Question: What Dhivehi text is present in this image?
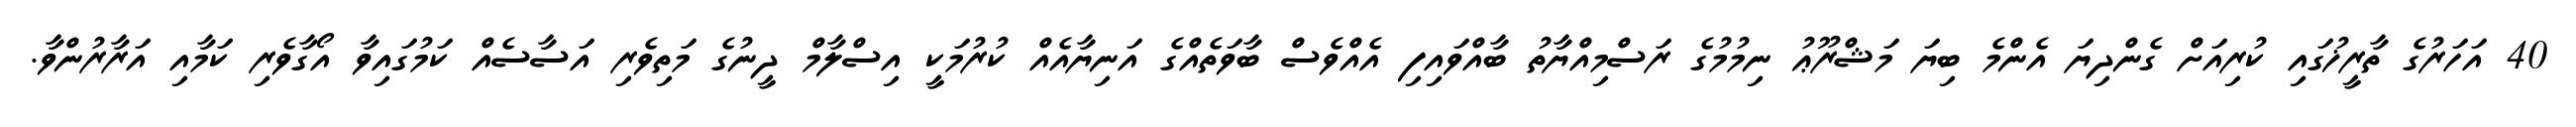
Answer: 40 އަހަރުގެ ތާރީޚުގައި ކުރިއަށް ގެންދިޔަ އެންމެ ބިޔަ މަޝްރޫޢު ނިމުމުގެ ރަސްމިއްޔާތު ބާއްވައިފި އެއްވެސް ބާވަތެއްގެ އަނިޔާއެއް ކުރުމަކީ އިސްލާމް ދީނުގެ މަތިވެރި އަސާސެއް ކަމުގައިވާ އޯގާވެރި ކަމާއި އަރާރުންވާ.